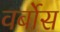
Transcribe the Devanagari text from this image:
वर्बोस